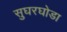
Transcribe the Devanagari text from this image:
सुघरघोडा